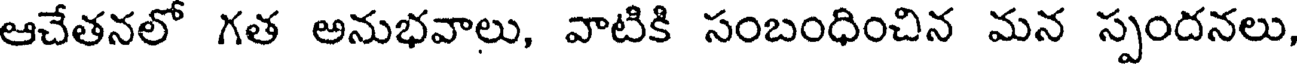
ఆచేతనలో గత అనుభవాలు, వాటికి సంబంధించిన మన స్పందనలు,